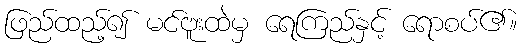
ဖြည်ထည့်၍ မင်ဗူးထဲမှ ရေကြည်နှင့် ရောစပ်၏။